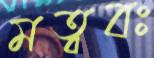
মত্ববঃ